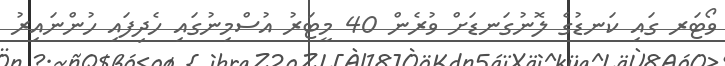
ވޯޓަރ ގައި ކަނޑުގެ ލޮނުގަނޑަށް ވުރެން 40 މީޓަރު އުސްމިނުގައި ހެދިފައި ހުންނައިރު